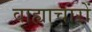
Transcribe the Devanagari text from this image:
वाह्याचारों